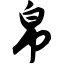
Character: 帛